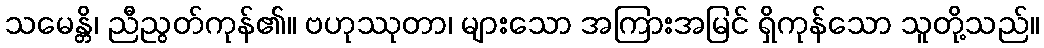
သမေန္တိ၊ ညီညွတ်ကုန်၏။ ဗဟုဿုတာ၊ များသော အကြားအမြင် ရှိကုန်သော သူတို့သည်။